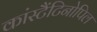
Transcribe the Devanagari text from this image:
कांस्टैंटिनोपिल